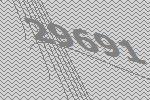
29691